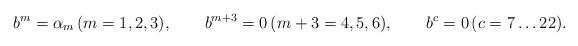
LaTeX: \begin{align*}b^{m}=\alpha_m\, (m=1,2,3), \qquad b^{m+3}=0\,(m+3=4,5,6),\qquad b^c=0\, (c=7\dots 22). \end{align*}